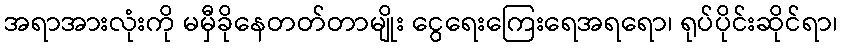
အရာအားလုံးကို မမှီခိုနေတတ်တာမျိုး ငွေရေးကြေးရေအရရော၊ ရုပ်ပိုင်းဆိုင်ရာ၊